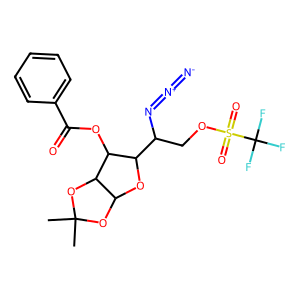
SMILES: CC1(C)OC2OC(C(COS(=O)(=O)C(F)(F)F)N=[N+]=[N-])C(OC(=O)c3ccccc3)C2O1
Inhibits HIV replication: No